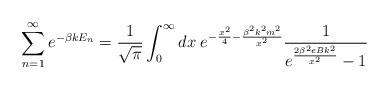
LaTeX: \begin{align*}\sum_{n=1}^{\infty} e^{-\beta k E_n}=\frac {1} {\sqrt{\pi}} \int_0^{\infty}dx \; e^{- \frac {x^2} {4} -\frac {\beta^2 k^2m^2} {x^2}} \frac {1} { e^{\frac {2 \beta^2 eB k^2} {x^2}} -1}\end{align*}